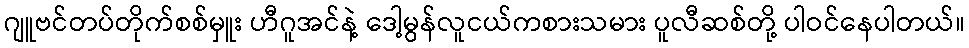
ဂျူဗင်တပ်တိုက်စစ်မှူး ဟီဂူအင်နဲ့ ဒေါ့မွန်လူငယ်ကစားသမား ပူလီဆစ်တို့ ပါဝင်နေပါတယ်။